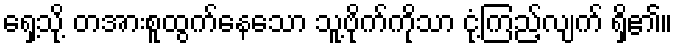
ရှေ့သို့ တအားစူထွက်နေသော သူ့ဗိုက်ကိုသာ ငုံ့ကြည့်လျက် ရှိ၏။